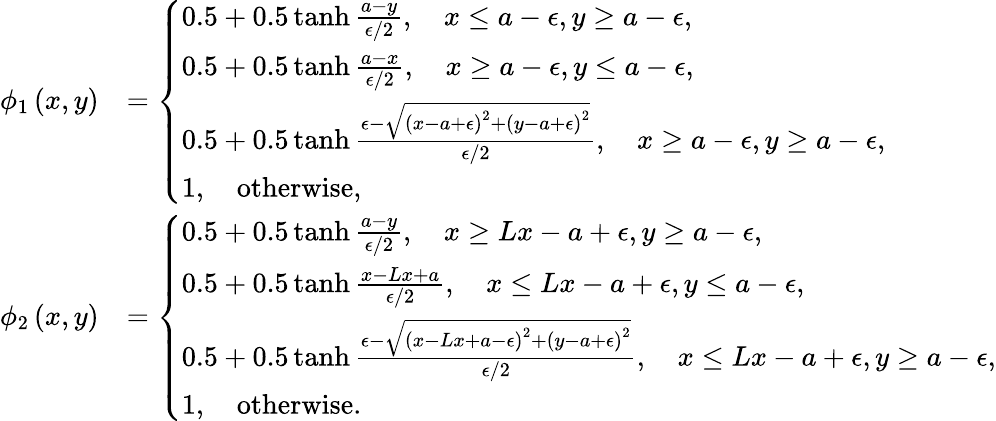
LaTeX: \begin{array}{rl}{\phi_{1}\left(x,y\right)}&{=\left\{ \begin{array}{ll}{0.5+0.5\operatorname{tanh}\frac{a-y}{\epsilon/2},\quad x\leq a-\epsilon,y\geq a-\epsilon,}\\ {0.5+0.5\operatorname{tanh}\frac{a-x}{\epsilon/2},\quad x\geq a-\epsilon,y\leq a-\epsilon,}\\ {0.5+0.5\operatorname{tanh}\frac{\epsilon-\sqrt{\left(x-a+\epsilon\right)^{2}+\left(y-a+\epsilon\right)^{2}}}{\epsilon/2},\quad x\geq a-\epsilon,y\geq a-\epsilon,}\\ {1,\quad\mathrm{otherwise},}\end{array}\right.}\\ {\phi_{2}\left(x,y\right)}&{=\left\{ \begin{array}{ll}{0.5+0.5\operatorname{tanh}\frac{a-y}{\epsilon/2},\quad x\geq Lx-a+\epsilon,y\geq a-\epsilon,}\\ {0.5+0.5\operatorname{tanh}\frac{x-Lx+a}{\epsilon/2},\quad x\leq Lx-a+\epsilon,y\leq a-\epsilon,}\\ {0.5+0.5\operatorname{tanh}\frac{\epsilon-\sqrt{\left(x-Lx+a-\epsilon\right)^{2}+\left(y-a+\epsilon\right)^{2}}}{\epsilon/2},\quad x\leq Lx-a+\epsilon,y\geq a-\epsilon,}\\ {1,\quad\mathrm{otherwise}.}\end{array}\right.}\end{array}